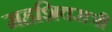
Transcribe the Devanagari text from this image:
महशिवरात्री